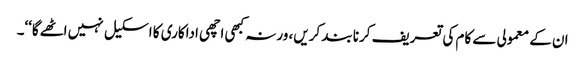
ان کے معمولی سے کام کی تعریف کرنا بند کریں، ورنہ کبھی اچھی اداکاری کا اسکیل نہیں اٹھےگا‘‘۔